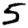
Digit: 5